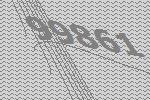
99861